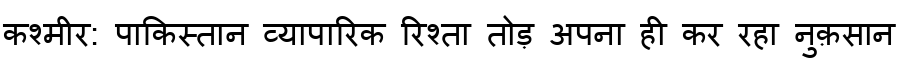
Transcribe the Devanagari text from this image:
कश्मीर: पाकिस्तान व्यापारिक रिश्ता तोड़ अपना ही कर रहा नुक़सान